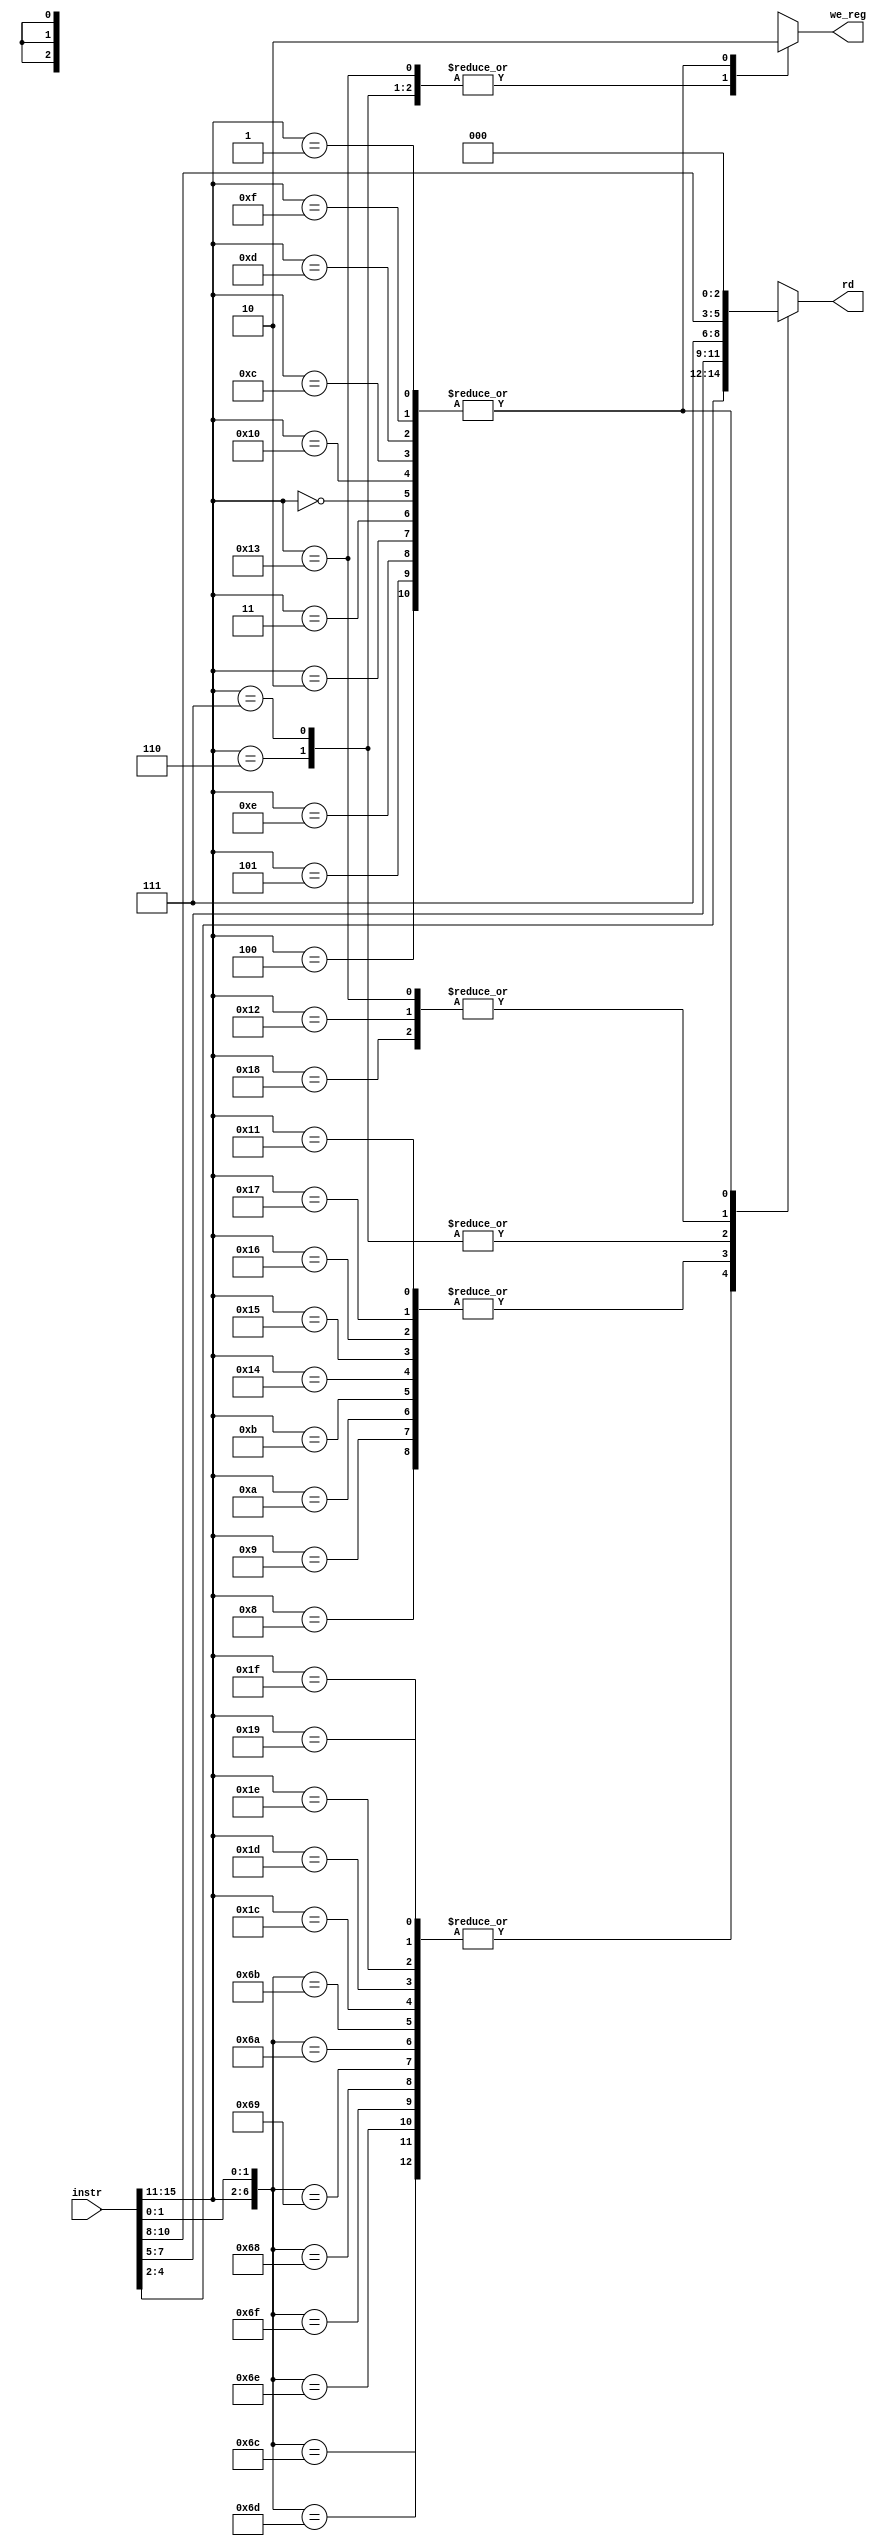
module alu_destination_decode (instr, rd, we_reg);
   // Inputs
   input [15:0] instr;

   // Outputsn
   output reg [2:0] rd;
   output reg       we_reg;

   // Wires
   wire [2:0]       rd_imm, rd_reg, rd_ld_imm;
   assign rd_imm = instr[7:5];
   assign rd_reg = instr[4:2];
   assign rd_ld_imm = instr[10:8];

   // assigns
   wire [6:0]       op;
   assign op = {instr[15:11], instr[1:0]};
   
   always @ (*) begin
      casex (op)
        /* Reg op */
	7'b1101100 : begin // ADD
	   rd = rd_reg;
	   we_reg = 1'b1;
	end
	7'b1101101 : begin // SUB
	   rd = rd_reg;
	   we_reg = 1'b1;
	end
	7'b1101110 : begin // OR
	   rd = rd_reg;
	   we_reg = 1'b1;
	end
	7'b1101111 : begin// AND
	   rd = rd_reg;
	   we_reg = 1'b1;
	end
	7'b1101000 : begin // ROL
	   rd = rd_reg;
	   we_reg = 1'b1;
	end
	7'b1101001 : begin // SLL
	   rd = rd_reg;
	   we_reg = 1'b1;
        end
	7'b1101010 : begin // ROR
	   rd = rd_reg;
	   we_reg = 1'b1;
	end
	7'b1101011 : begin// SRA
	   rd = rd_reg;
	   we_reg = 1'b1;
        end
	7'b11100xx : begin // SEQ
	   rd = rd_reg;
	   we_reg = 1'b1;
        end
	7'b11101xx : begin// SLT
	   rd = rd_reg;
	   we_reg = 1'b1;
        end
	7'b11110xx : begin// SLE
	   rd = rd_reg;
           we_reg = 1'b1;
	end
	7'b11111xx : begin // SCO
	   rd = rd_reg;
	   we_reg = 1'b1;
        end
	7'b11001xx : begin // BTR
	   rd = rd_reg;
           we_reg = 1'b1;
	end

        /* Imm */
	7'b01000xx : begin // ADDI
	   rd = rd_imm;
	   we_reg = 1'b1;
        end
	7'b01001xx : begin// SUBI
	   rd = rd_imm;
           we_reg = 1'b1;
        end
	7'b01010xx : begin// ORI
	   rd = rd_imm;
	   we_reg = 1'b1;
        end
	7'b01011xx : begin // ANDI
	   rd = rd_imm;
           we_reg = 1'b1;
        end
	7'b10100xx : begin // ROLI
	   rd = rd_imm;
           we_reg = 1'b1;
        end
	7'b10101xx : begin // SLLI
	   rd = rd_imm;
           we_reg = 1'b1;
        end
	7'b10110xx : begin // RORI
	   rd = rd_imm;
           we_reg = 1'b1;
	end
	7'b10111xx : begin // SRAI
	   rd = rd_imm;
 	   we_reg = 1'b1;
        end
	7'b10001xx : begin // LD
	   rd = rd_imm;
	   we_reg = 1'b1;
        end

        /* Load immediates (Rd is Rs here) */
	7'b11000xx : begin // LBI
	   rd = rd_ld_imm;
	   we_reg = 1'b1;
	end
	7'b10010xx : begin// SLBI
	   rd = rd_ld_imm;
	   we_reg = 1'b1;
	end

	/* Write PC to R7 */
	7'b00110xx : begin // JAL
	   rd = 3'd7;
	   we_reg = 1'b1;
	end
	7'b00111xx : begin // JALR
	   rd = 3'd7;
	   we_reg = 1'b1;
	end

  	7'b10011xx : begin // STU
	   rd = rd_ld_imm;
	   we_reg = 1'b1;
	end

        /* No write */ 
	7'b10000xx : begin // ST
           rd = 3'd0;
           we_reg = 1'b0;
        end
	7'b01100xx : begin // BEQZ
           rd = 3'd0;
	   we_reg = 1'b0;
        end
	7'b01101xx : begin // BNEZ
           rd = 3'd0;
	   we_reg = 1'b0;
        end
	7'b01111xx : begin // BLTZ
           rd = 3'd0;
	   we_reg = 1'b0;
        end
	7'b00100xx : begin // JINST
           rd = 3'd0;
	   we_reg = 1'b0;
        end
	7'b00101xx : begin // JR
           rd = 3'd0;
	   we_reg = 1'b0;
        end
	7'b01110xx : begin // RET
           rd = 3'd0;
	   we_reg = 1'b0;
        end
	7'b00010xx : begin // SIIC
           rd = 3'd0;
	   we_reg = 1'b0;
        end
	7'b00011xx : begin // RTI
           rd = 3'd0;
	   we_reg = 1'b0;
        end
	7'b00000xx : begin // HALT
           rd = 3'd0;
	   we_reg = 1'b0;
        end
	7'b00001xx : begin // NOP;
           rd = 3'd0;
	   we_reg = 1'b0;
        end
        
	default	  : begin
           rd = 3'd0;
           we_reg = 1'b0;
        end
      endcase
   end
endmodule